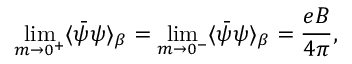
\operatorname * { l i m } _ { m \rightarrow 0 ^ { + } } \langle \bar { \psi } \psi \rangle _ { \beta } = \operatorname * { l i m } _ { m \rightarrow 0 ^ { - } } \langle \bar { \psi } \psi \rangle _ { \beta } = \frac { e B } { 4 \pi } ,